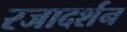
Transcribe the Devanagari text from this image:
रजादर्शन